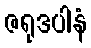
ဇရုဒပါနံ